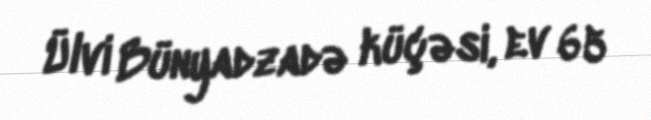
Ülvi Bünyadzadə küçəsi, ev 65